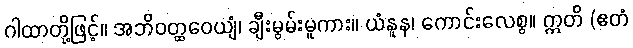
ဂါထာတို့ဖြင့်။ အဘိဝတ္ထဝေယျံ၊ ချီးမွမ်းမူကား။ ယံနူန၊ ကောင်းလေစွ။ ဣတိ (ဧတံ